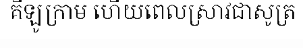
គីឡូក្រាម ហើយពេលស្រាវជាសូត្រ